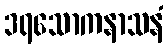
ဒရသောကနာသနံ